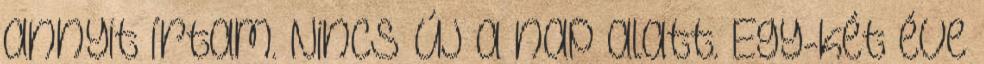
annyit írtam. Nincs új a nap alatt. Egy-két éve